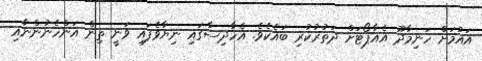
އައުމަށް ހަނިމާދޫ އެއާޕޯޓަށް ދަތުރުކުރި ބައެކެވެ. އެހާދިސާގައި ނިޔާވެފައި ވަނީ ތިން އަންހެނުންނާއި